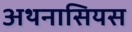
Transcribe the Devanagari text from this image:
अथनासियस